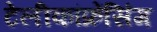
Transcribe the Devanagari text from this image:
टेलीकांफ्रेंसिंग